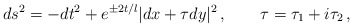
\begin{align*}ds^2 = -dt^2+e^{\pm2t/l}|dx+\tau dy|^2\,, \qquad \tau = \tau_1 + i\tau_2\,,\end{align*}